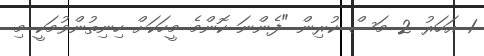
1 އަހަރު 2 މަސް ކުރިން "ފެންނަ ކޮންމެ މީހަކަށް ހިނިތުންވުމަކީ މި